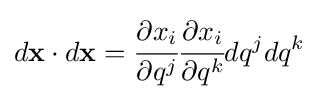
d\mathbf {x} \cdot d\mathbf {x} ={\cfrac {\partial x_{i}}{\partial q^{j}}}{\cfrac {\partial x_{i}}{\partial q^{k}}}dq^{j}dq^{k}